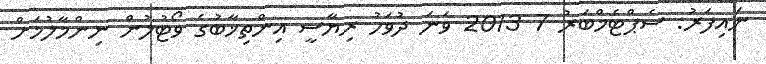
ނައިފަރު: ސެޕްޓެމްބަރު 7 2013 ވަނަ ދުވަހު ރިޔާސީ އިންތިޚާބުގެ ވޯޓުލުން ނިންމާލުމަށް